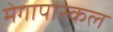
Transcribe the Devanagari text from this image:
मेगापास्कल